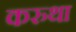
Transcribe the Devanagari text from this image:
करुथा